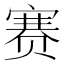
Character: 赛